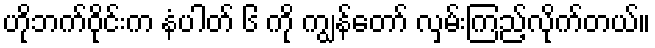
ဟိုဘက်ဝိုင်းက နံပါတ် ၆ ကို ကျွန်တော် လှမ်းကြည့်လိုက်တယ်။